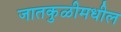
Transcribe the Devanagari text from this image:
जातकुळीमधील